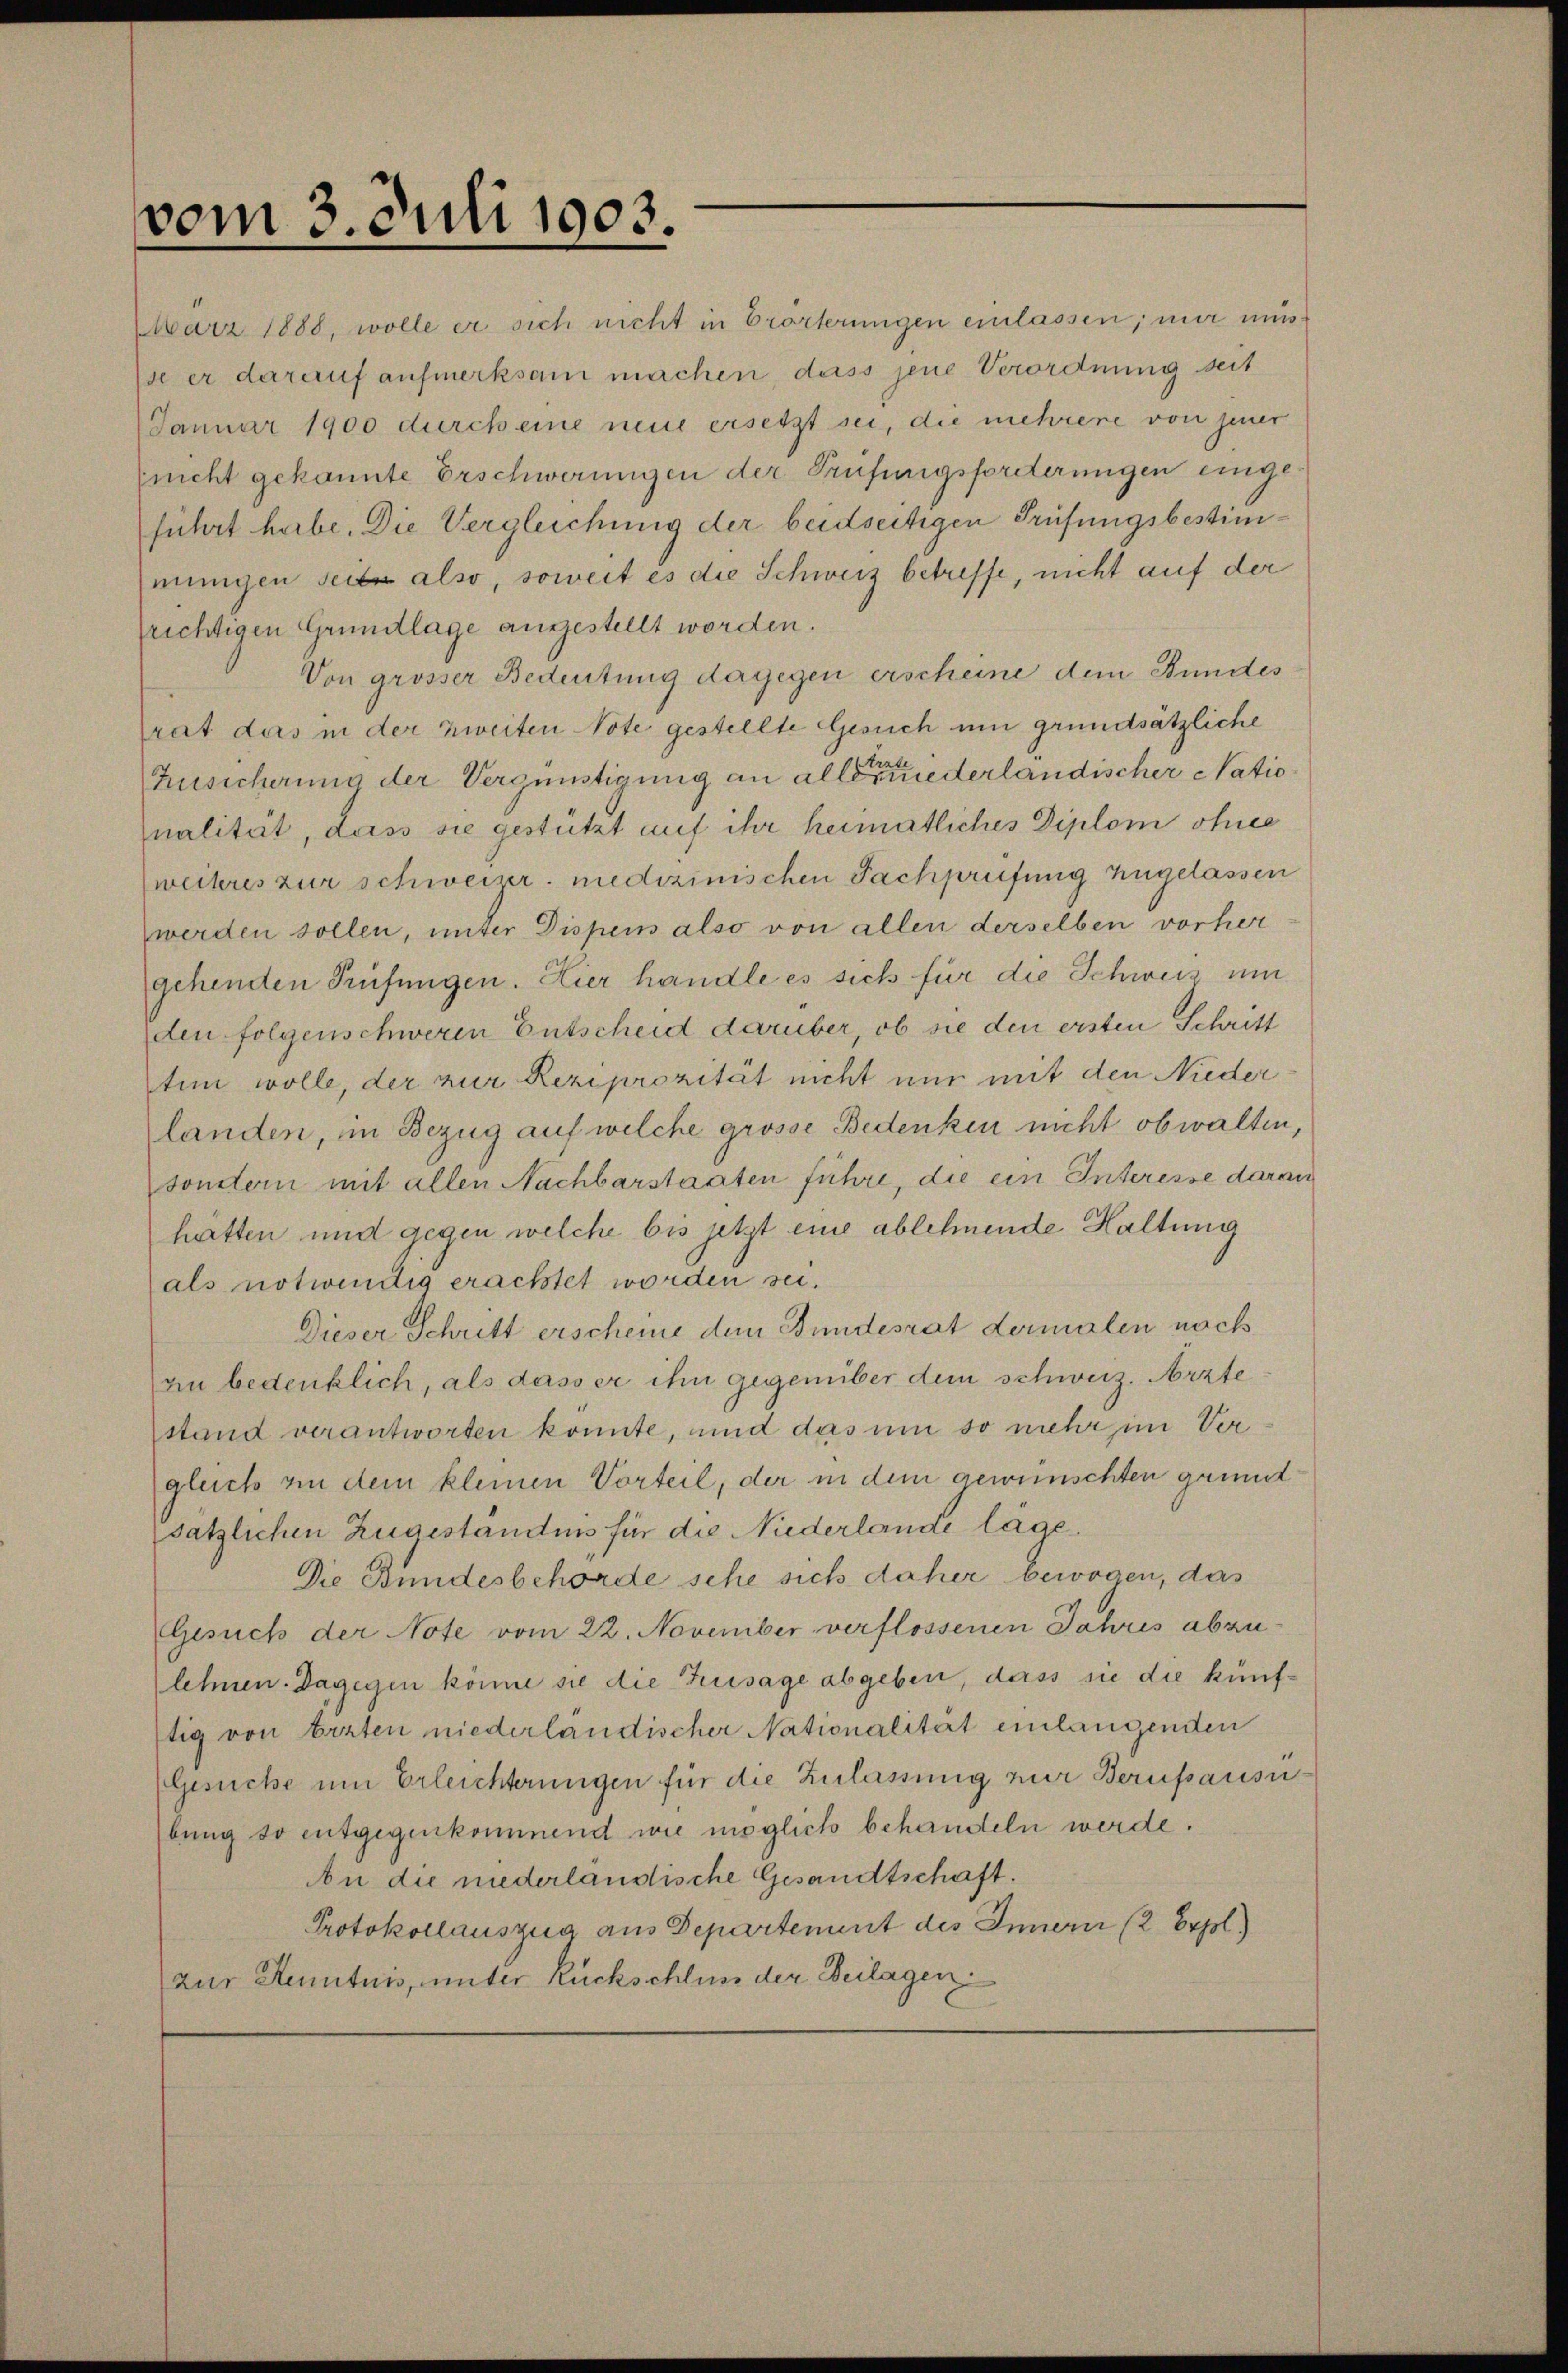
vom 3. Juli 1903.

März 1888, wolle er sich nicht in Erörterungen einlassen; mir minse er darauf aufmerksam machen dass jene Verordnung seit
Januar 1900 durch eine neue ersetzt sei, die mehrere von jener
(nicht gekannte Erschwerungen der Prüfungsforderungen eingeführt habe. Die Vergleichung der beidseitigen Prüfungsbestimmungen sei also, soweit es die Schweiz betreffe, nicht auf der
frichtigen Grundlage angestellt worden.
Von grösser Bedeutung dagegen erscheine dem Bundes
rat das in der zweiten Note gestellte Gesuch um grundsätzliche
Zusicherung der Vergünstigung an alle er niederländischer Natio¬
Inalität, dass sie gestützt auf ihr heimatliches Diplom ohne
weiteres zur schweizer. medizinischen Fachprüfung zugelassen
werden sollen, unter Dispens also von allen derselben vorhergehenden Prüfungen. Hier handle es sich für die Schweiz um
den folgenschweren Entscheid darüber, ob sie den ersten Schritt
tun wolle, der zur Reziprozität nicht nur mit den Nieder
landen, im Bezug auf welche grosse Bedenken nicht obwalten,
sondern mit allen Nachbarstaaten führe, die ein Interesse darau
hätten und gegen welche bis jetzt eine ablehnende Haltung
als notwendig erachtet worden sei.
Dieser Schritt erscheine dem Bundesrat dermalen nach
an bedenklich, als dass er ihn gegenüber dem schweiz. Arzte
stand verantworten konnte, und das um so mehr im Vergleich an dem kleinen Vorteil, der in dem gewünschten grund
sätzlichen Zugeständnis für die Niederlande lage.
Die Bundesbehörde sehe sich daher bewogen, das
Gesuch der Note vom 22. November verflossenen Jahres abzu
lehnen. Dagegen könne sie die Zusage abgeben, dass sie die künfftig von Erzten niederländischer Nationalität einlangenden
Gesuche um Erleichterungen für die Zulassung zur Berupausu
bung so entgegenkommend wie möglich behandeln werde.
An die niederländische Gesandtschaft.
Protokollauszug aus Departement des Innern (2 Erpl)
zur Kenntnis, unter Rückschluss der Beilagen